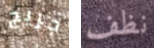
جريج نظف